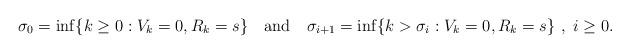
LaTeX: \begin{align*}\sigma_0 = \inf \{k \geq 0: V_k = 0, R_k = s\} ~~\mbox{ and }~~ \sigma_{i+1} = \inf\{k > \sigma_i: V_k = 0, R_k = s\} ~,~ i \geq 0.\end{align*}